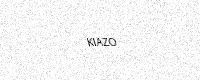
Text: KIAZO